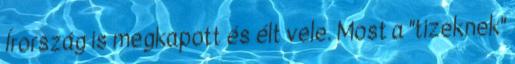
Írország is megkapott és élt vele. Most a "tizeknek"